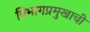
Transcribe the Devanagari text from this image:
विभागप्रमुखाची